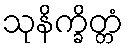
သုနိက္ခိတ္တံ